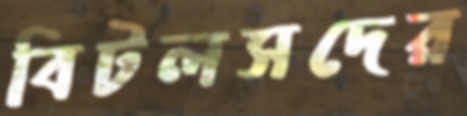
বিটলসদের